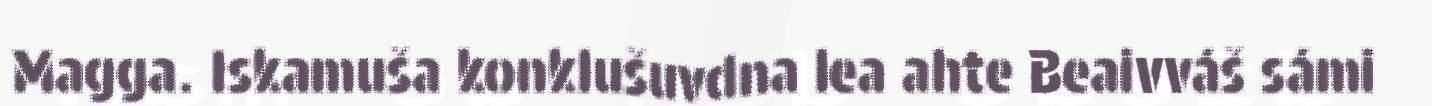
Magga. Iskamuša konklušuvdna lea ahte Beaivváš sámi